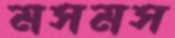
মসমস